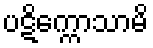
ပဋိက္ကောသာမိ